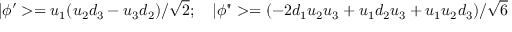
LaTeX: | \phi ^ { \prime } > = u _ { 1 } ( u _ { 2 } d _ { 3 } - u _ { 3 } d _ { 2 } ) / { \sqrt 2 } ; \quad | \phi " > = ( - 2 d _ { 1 } u _ { 2 } u _ { 3 } + u _ { 1 } d _ { 2 } u _ { 3 } + u _ { 1 } u _ { 2 } d _ { 3 } ) / { \sqrt 6 }